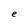
Character: e